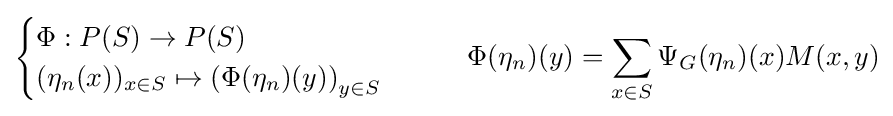
{\begin{cases}\Phi :P(S)\to P(S)\\(\eta _{n}(x))_{x\in S}\mapsto \left(\Phi (\eta _{n})(y)\right)_{y\in S}\end{cases}}\qquad \Phi (\eta _{n})(y)=\sum _{x\in S}\Psi _{G}(\eta _{n})(x)M(x,y)